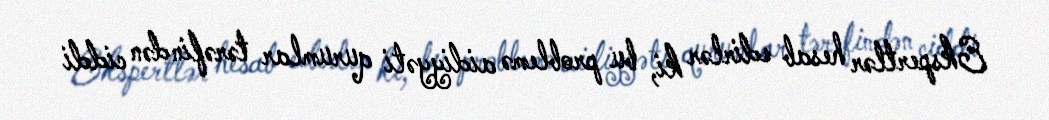
Ekspertlər hesab edirlər ki, bu problemə aidiyyəti qurumlar tərəfindən ciddi